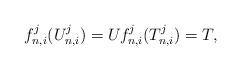
LaTeX: \begin{align*}f_{n,i}^j(U_{n,i}^j) = U_{} f_{n,i}^j(T_{n,i}^j) = T,\end{align*}